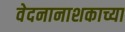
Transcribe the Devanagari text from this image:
वेदनानाशकाच्या